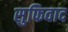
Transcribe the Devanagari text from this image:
सुफिवाद